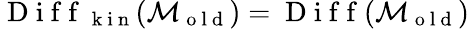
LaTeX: \mathrm{~D~i~f~f~}_{\mathrm{~k~i~n~}}(\mathcal{M}_{\mathrm{~o~l~d~}})=\mathrm{~D~i~f~f~}(\mathcal{M}_{\mathrm{~o~l~d~}})